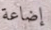
إضاعة